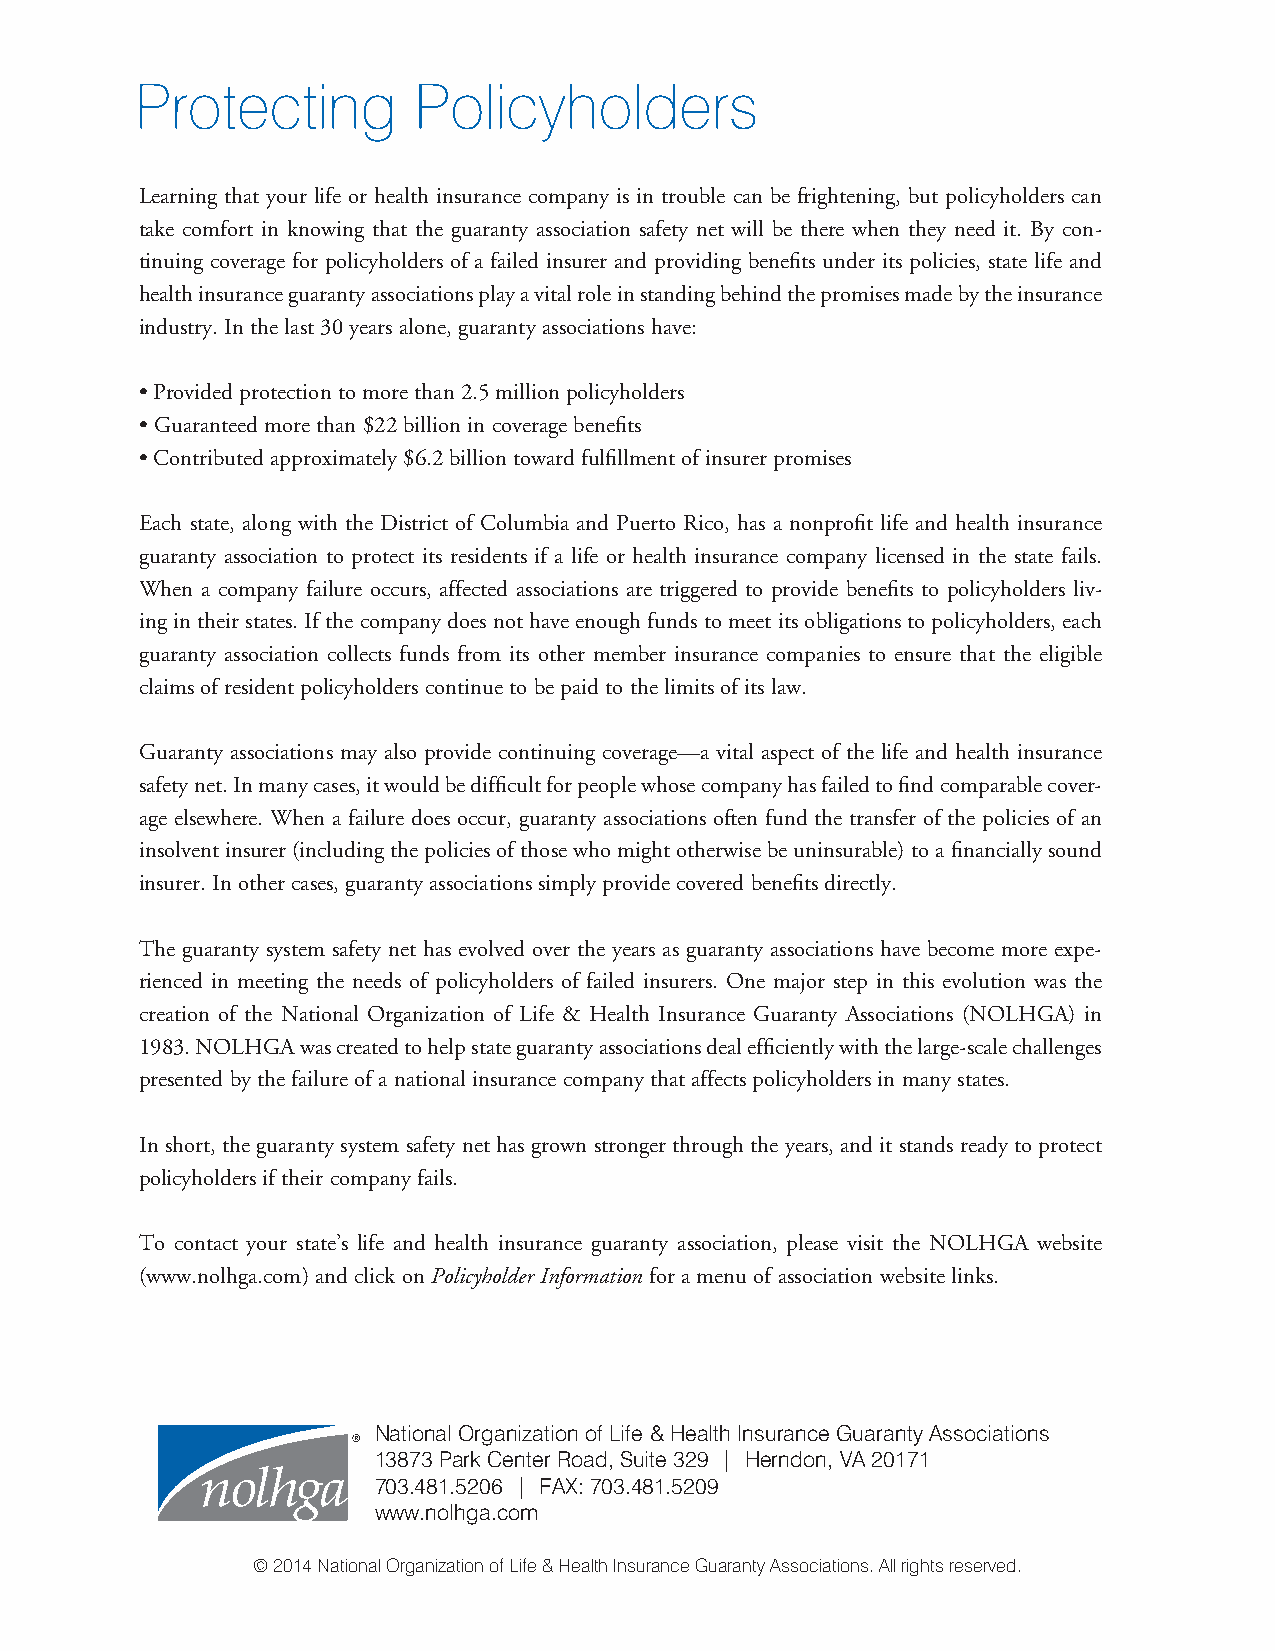
Protecting        Policyholders
 Learning that your life or health insurance company is in trouble can be frightening, but policyholders can
 take comfort in knowing that the guaranty association safety net will be there when they need it. By con-
 tinuing coverage for policyholders of a failed insurer and providing benefits under its policies, state life and
 health insurance guaranty associations play a vital role in standing behind the promises made by the insurance
 industry. In the last 30 years alone, guaranty associations have:
 • Provided protection to more than 2.5 million policyholders
 • Guaranteed more than $22 billion in coverage benefits
 • Contributed approximately $6.2 billion toward fulfillment of insurer promises
 Each state, along with the District of Columbia and Puerto Rico, has a nonprofit life and health insurance
 guaranty association to protect its residents if a life or health insurance company licensed in the state fails.
 When a company failure occurs, affected associations are triggered to provide benefits to policyholders liv-
 ing in their states. If the company does not have enough funds to meet its obligations to policyholders, each
 guaranty association collects funds from its other member insurance companies to ensure that the eligible
 claims of resident policyholders continue to be paid to the limits of its law.
 Guaranty associations may also provide continuing coverage—a vital aspect of the life and health insurance
 safety net. In many cases, it would be difficult for people whose company has failed to find comparable cover-
 age elsewhere. When a failure does occur, guaranty associations often fund the transfer of the policies of an
 insolvent insurer (including the policies of those who might otherwise be uninsurable) to a financially sound
 insurer. In other cases, guaranty associations simply provide covered benefits directly.
 The guaranty system safety net has evolved over the years as guaranty associations have become more expe-
 rienced in meeting the needs of policyholders of failed insurers. One major step in this evolution was the
 creation of the National Organization of Life & Health Insurance Guaranty Associations (NOLHGA) in
 1983. NOLHGA was created to help state guaranty associations deal efficiently with the large-scale challenges
 presented by the failure of a national insurance company that affects policyholders in many states.
 In short, the guaranty system safety net has grown stronger through the years, and it stands ready to protect
 policyholders if their company fails.
 To contact your state’s life and health insurance guaranty association, please visit the NOLHGA website
 (www.nolhga.com) and click on Policyholder Information for a menu of association website links.
 National Organization of Life & Health Insurance Guaranty Associations
 13873 Park Center Road, Suite 329 | Herndon, VA 20171
 703.481.5206 | FAX: 703.481.5209
 www.nolhga.com
 © 2014 National Organization of Life & Health Insurance Guaranty Associations. All rights reserved.